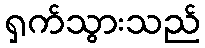
ရှက်သွားသည်